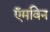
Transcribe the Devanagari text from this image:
ऍमविन